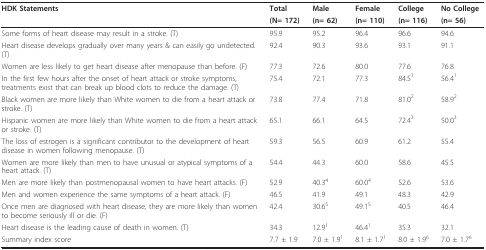
<table><thead><tr><td><b>HDK Statements</b></td><td><b>Total</b></td><td><b>Male</b></td><td><b>Female</b></td><td><b>College</b></td><td><b>No College</b></td></tr><tr><td></td><td><b>(N= 172)</b></td><td><b>(n= 62)</b></td><td><b>(n= 110)</b></td><td><b>(n= 116)</b></td><td><b>(n= 56)</b></td></tr></thead><tbody><tr><td>Some forms of heart disease may result in a stroke. (T)</td><td>95.9</td><td>95.2</td><td>96.4</td><td>96.6</td><td>94.6</td></tr><tr><td>Heart disease develops gradually over many years &amp; can easily go undetected. (T)</td><td>92.4</td><td>90.3</td><td>93.6</td><td>93.1</td><td>91.1</td></tr><tr><td>Women are less likely to get heart disease after menopause than before. (F)</td><td>77.3</td><td>72.6</td><td>80.0</td><td>77.6</td><td>76.8</td></tr><tr><td>In the first few hours after the onset of heart attack or stroke symptoms, treatments exist that can break up blood clots to reduce the damage. (T)</td><td>75.4</td><td>72.1</td><td>77.3</td><td>84.5<sup>1</sup></td><td>56.4<sup>1</sup></td></tr><tr><td>Black women are more likely than White women to die from a heart attack or stroke. (T)</td><td>73.8</td><td>77.4</td><td>71.8</td><td>81.0<sup>2</sup></td><td>58.9<sup>2</sup></td></tr><tr><td>Hispanic women are more likely than White women to die from a heart attack or stroke. (T)</td><td>65.1</td><td>66.1</td><td>64.5</td><td>72.4<sup>3</sup></td><td>50.0<sup>3</sup></td></tr><tr><td>The loss of estrogen is a significant contributor to the development of heart disease in women following menopause. (T)</td><td>59.3</td><td>56.5</td><td>60.9</td><td>61.2</td><td>55.4</td></tr><tr><td>Women are more likely than men to have unusual or atypical symptoms of a heart attack. (T)</td><td>54.4</td><td>44.3</td><td>60.0</td><td>58.6</td><td>45.5</td></tr><tr><td>Men are more likely than postmenopausal women to have heart attacks. (F)</td><td>52.9</td><td>40.3<sup>4</sup></td><td>60.0<sup>4</sup></td><td>52.6</td><td>53.6</td></tr><tr><td>Men and women experience the same symptoms of a heart attack. (F)</td><td>46.5</td><td>41.9</td><td>49.1</td><td>48.3</td><td>42.9</td></tr><tr><td>Once men are diagnosed with heart disease, they are more likely than women to become seriously ill or die. (F)</td><td>42.4</td><td>30.6<sup>5</sup></td><td>49.1<sup>5</sup></td><td>40.5</td><td>46.4</td></tr><tr><td>Heart disease is the leading cause of death in women. (T)</td><td>34.3</td><td>12.9<sup>1</sup></td><td>46.4<sup>1</sup></td><td>35.3</td><td>32.1</td></tr><tr><td>Summary index score</td><td>7.7 ± 1.9</td><td>7.0 ± 1.9<sup>1</sup></td><td>8.1 ± 1.7<sup>1</sup></td><td>8.0 ± 1.9<sup>6</sup></td><td>7.0 ± 1.7<sup>6</sup></td></tr></tbody></table>